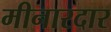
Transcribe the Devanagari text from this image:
मीनारदार